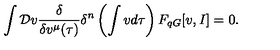
\int { \cal D } v \frac { \delta } { \delta v ^ { \mu } ( \tau ) } \delta ^ { n } \left( \int v d \tau \right) F _ { q G } [ v , I ] = 0 .